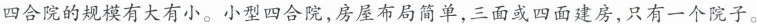
四合院的规模有大有小。小型四合院，房屋布局简单，三面或四面建房，只有一个院子。